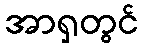
အာရှတွင်